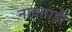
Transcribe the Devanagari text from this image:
नावनाडी